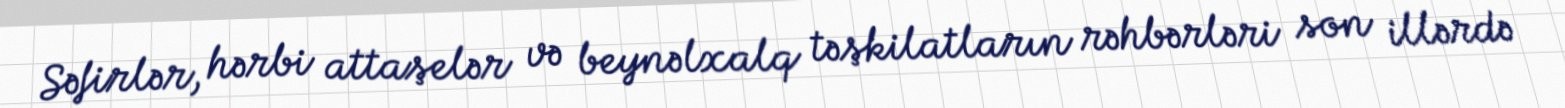
Səfirlər, hərbi attaşelər və beynəlxalq təşkilatların rəhbərləri son illərdə